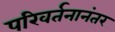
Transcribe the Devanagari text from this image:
परिवर्तनानंतर